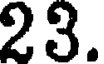
23.